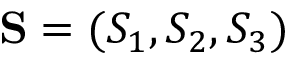
{ \bf S } = ( S _ { 1 } , S _ { 2 } , S _ { 3 } )